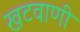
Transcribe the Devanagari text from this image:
खटवाणी